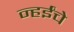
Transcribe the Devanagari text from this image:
न्हईंचे